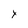
Character: x